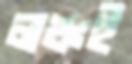
লঞ্চই